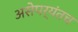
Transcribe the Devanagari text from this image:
असेपर्यंतच